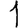
Digit: 1